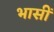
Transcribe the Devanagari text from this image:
भासीं